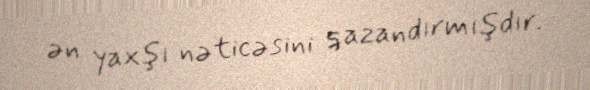
ən yaxşı nəticəsini qazandırmışdır.